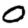
Digit: 0